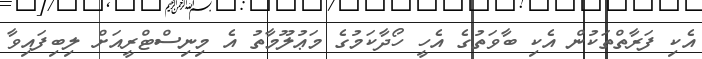
އެކި ފަރާތްތަކުން އެކި ބާވަތުގެ އެހީ ހޯދާކަމުގެ މަޢުލޫމާތު އެ މިނިސްޓްރީއަށް ލިބިފައިވާ